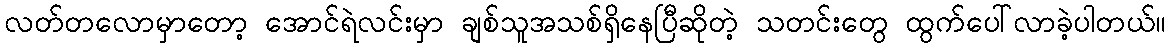
လတ်တလောမှာတော့ အောင်ရဲလင်းမှာ ချစ်သူအသစ်ရှိနေပြီဆိုတဲ့ သတင်းတွေ ထွက်ပေါ်လာခဲ့ပါတယ်။